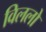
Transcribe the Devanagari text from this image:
विललो